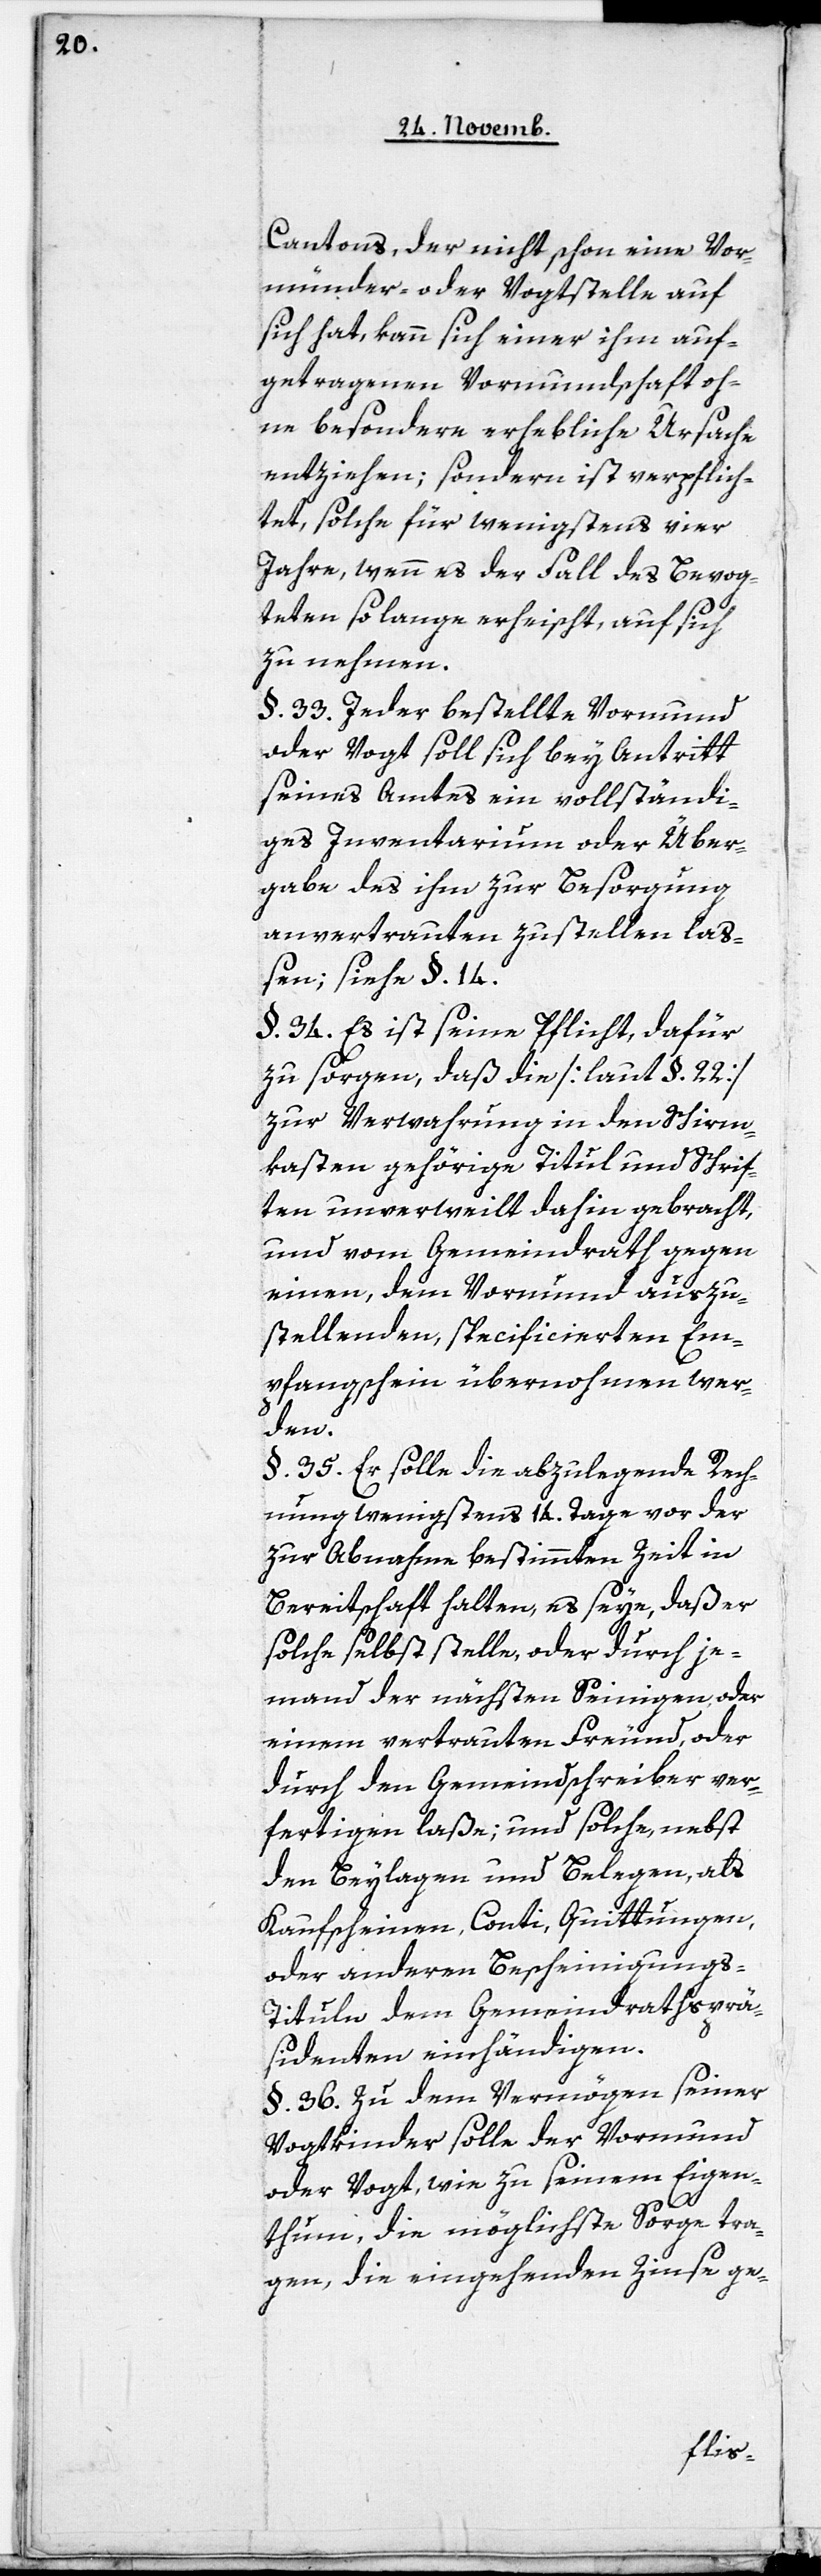
Cantons, der nicht schon eine Vor¬
münder- oder Vogtstelle auf
sich hat, kann sich einer ihm auf¬
getragenen Vormundschaft oh¬
ne besondere erhebliche Ursache
entziehen; sondern ist verpflich¬
tet, solche für wenigstens vier
Jahre, wenn es der Fall des Bevog¬
teten solange erheischt, auf sich
zu nehmen.
§. 33. Jeder bestellte Vormund
oder Vogt soll sich bey Antritt
seines Amtes ein vollständi¬
ges Inventarium oder Über¬
gabe des ihm zur Besorgung
anvertrauten zustellen laß¬
en; siehe §. 14.
§. 34. Es ist seine Pflicht, dafür
zu sorgen, daß die [laut §. 22]
zur Verwahrung in den Schirm¬
kasten gehörige Titul und Schrif¬
ten unverweilt dahin gebracht,
und vom Gemeindrath gegen
einen, dem Vormund auszu¬
stellenden, specificierten Em¬
pfangsschein übernohmen wer¬
den.
§. 35. Er solle die abzulegende Rech¬
nung wenigstens 14. Tage vor der
zur Abnahme bestimmten Zeit in
Bereitschaft halten, es seye, daß er
solche selbst stelle, oder durch je¬
mand der nächsten Seinigen, oder
einem vertrauten Freund, oder
durch den Gemeindschreiber ver¬
fertigen laße; und solche, nebst
den Beylagen und Belegen, als
Kaufscheinen, Conti, Quittungen,
oder anderen Bescheinigung¬
s-Tituln dem Gemeindrathsprä¬
sidenten einhändigen.
§. 36. Zu dem Vermögen seiner
Vogtkinder solle der Vormund
oder Vogt, wie zu seinem Eigen¬
thum, die möglichste Sorge tra¬
gen, die eingehenden Zinse ge-